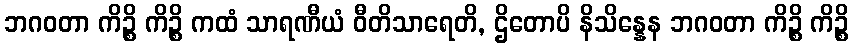
ဘဂဝတာ ကိဉ္စိ ကိဉ္စိ ကထံ သာရဏီယံ ဝီတိသာရေတိ, ဌိတောပိ နိသိန္နေန ဘဂဝတာ ကိဉ္စိ ကိဉ္စိ